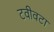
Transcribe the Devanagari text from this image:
टवीवटा